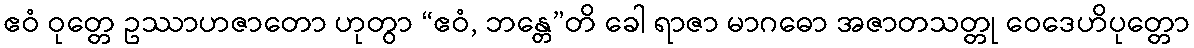
ဧဝံ ဝုတ္တေ ဥဿာဟဇာတော ဟုတွာ “ဧဝံ, ဘန္တေ”တိ ခေါ ရာဇာ မာဂဓော အဇာတသတ္တု ဝေဒေဟိပုတ္တော